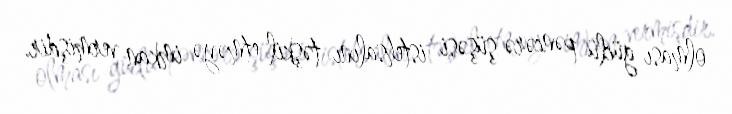
olması güclü pəncərə şüşəsi istehsalını təşkil etməyə imkan vermişdir.